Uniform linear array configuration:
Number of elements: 32
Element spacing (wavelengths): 0.25
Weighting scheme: hamming
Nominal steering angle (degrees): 15
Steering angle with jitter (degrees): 15.457
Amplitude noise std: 0.05
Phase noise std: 0.05

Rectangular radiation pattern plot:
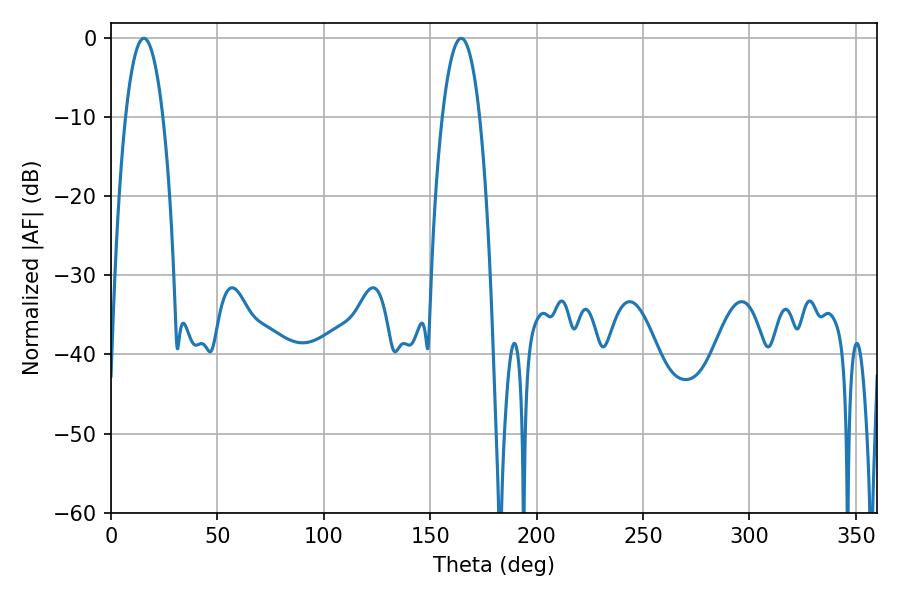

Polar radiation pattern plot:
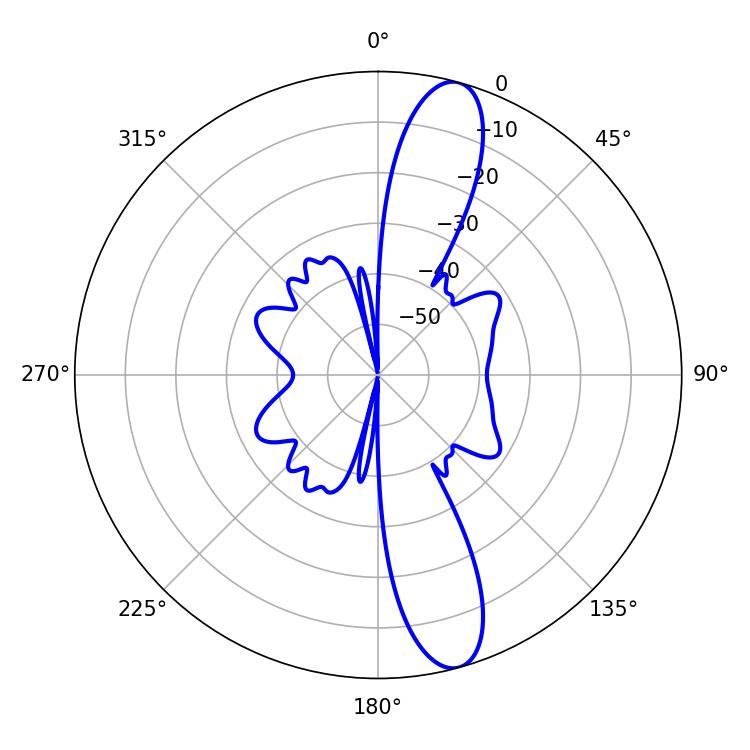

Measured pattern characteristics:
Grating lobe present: FALSE
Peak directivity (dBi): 13.142
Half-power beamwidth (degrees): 9.72
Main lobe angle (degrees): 15.48